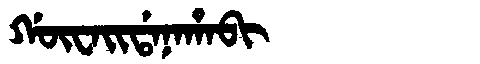
Manchu: ᡤᡡᠸᠠᡳᡩᠠᠨᠠᡥᠠᠪᡳ
Romanization: GŪWAIDANAHABI